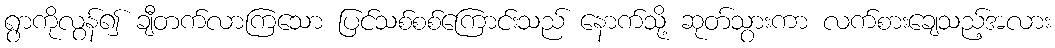
ရွာကိုလွန်၍ ချီတက်လာကြသော ပြင်သစ်စစ်ကြောင်းသည် နောက်သို့ ဆုတ်သွားကာ လက်စားချေသည့်အလား